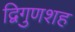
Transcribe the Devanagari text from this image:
द्विगुणशह